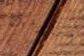
إجازتك